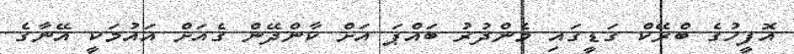
އޮފީހުގެ ބްރޭކް ގަޑީގައި މެންދުރު ބައްޕަ އަށް ކާންދޭން ގެއަށް އައުމަކީ އޭނާގެ